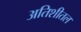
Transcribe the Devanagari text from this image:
अतिशीतल